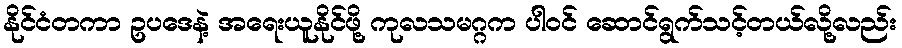
နိုင်ငံတကာ ဥပဒေနဲ့ အရေးယူနိုင်ဖို့ ကုလသမဂ္ဂက ပါဝင် ဆောင်ရွက်သင့်တယ်လို့လည်း